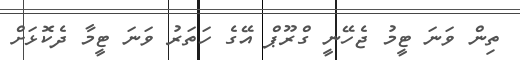
ތިން ވަނަ ޓީމު ޖެހޭނީ ގްރޫޕް އޭގެ ހަތަރު ވަނަ ޓީމާ ދެކޮޅަށް